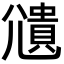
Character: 𫵒